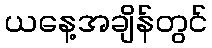
ယနေ့အချိန်တွင်